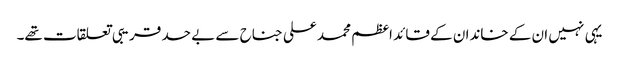
یہی نہیں ان کے خاندان کے قائد اعظم محمد علی جناح سے بے حد قریبی تعلقات تھے۔